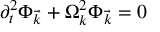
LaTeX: \partial _ { t } ^ { 2 } \Phi _ { \vec { k } } + \Omega _ { k } ^ { 2 } \Phi _ { \vec { k } } = 0